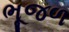
ભૂજળ